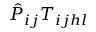
\hat { P } _ { i j } T _ { i j h l }